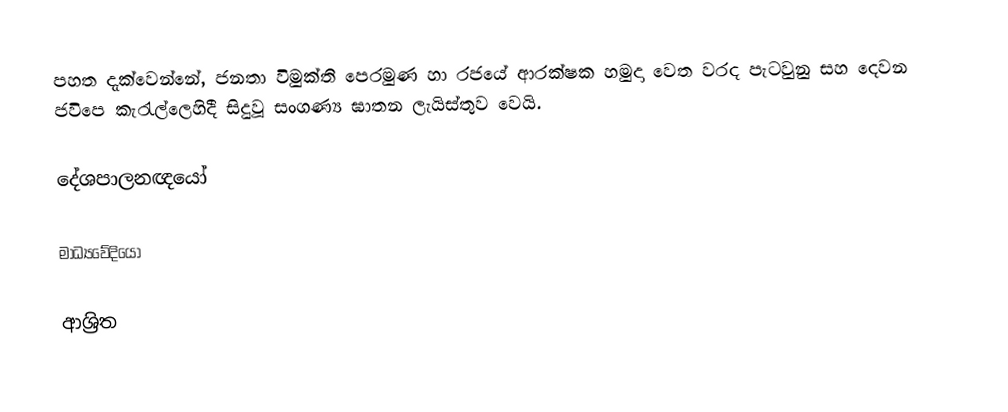
පහත දැක්වෙන්නේ,  ජනතා විමුක්ති පෙරමුණ හා රජයේ ආරක්ෂක හමුදා වෙත වරද පැටවුනු සහ  දෙවන ජවිපෙ කැරැල්ලෙහිදී සිදුවූ සංගණ්‍ය ඝාතන ලැයිස්තුව වෙයි.

දේශපාලනඥයෝ

මාධ්‍යවේදියෝ

ආශ්‍රිත